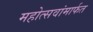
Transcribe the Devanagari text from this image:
महोत्सवांमार्फत